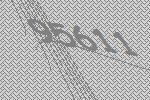
95611